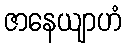
ဇာနေယျာဟံ